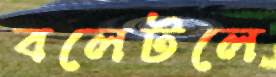
বলেটলে